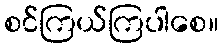
စင်ကြယ်ကြပါစေ။